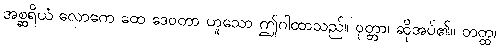
အစ္ဆရိယံ လောကေ ထေ ဒေဝတာ ဟူသော ဤဂါထာသည်။ ဝုတ္တာ၊ ဆိုအပ်၏။ တတ္ထ၊